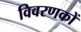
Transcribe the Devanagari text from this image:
विवरणकों